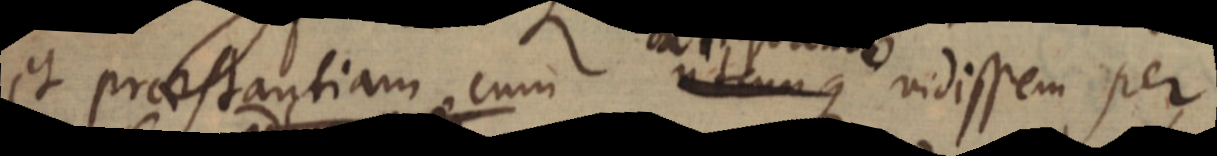
et praestantiam cum utcunque vidissem per